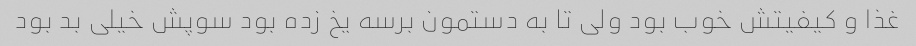
غذا و کیفیتش خوب بود ولی تا به دستمون برسه یخ زده بود سوپش خیلی بد بود